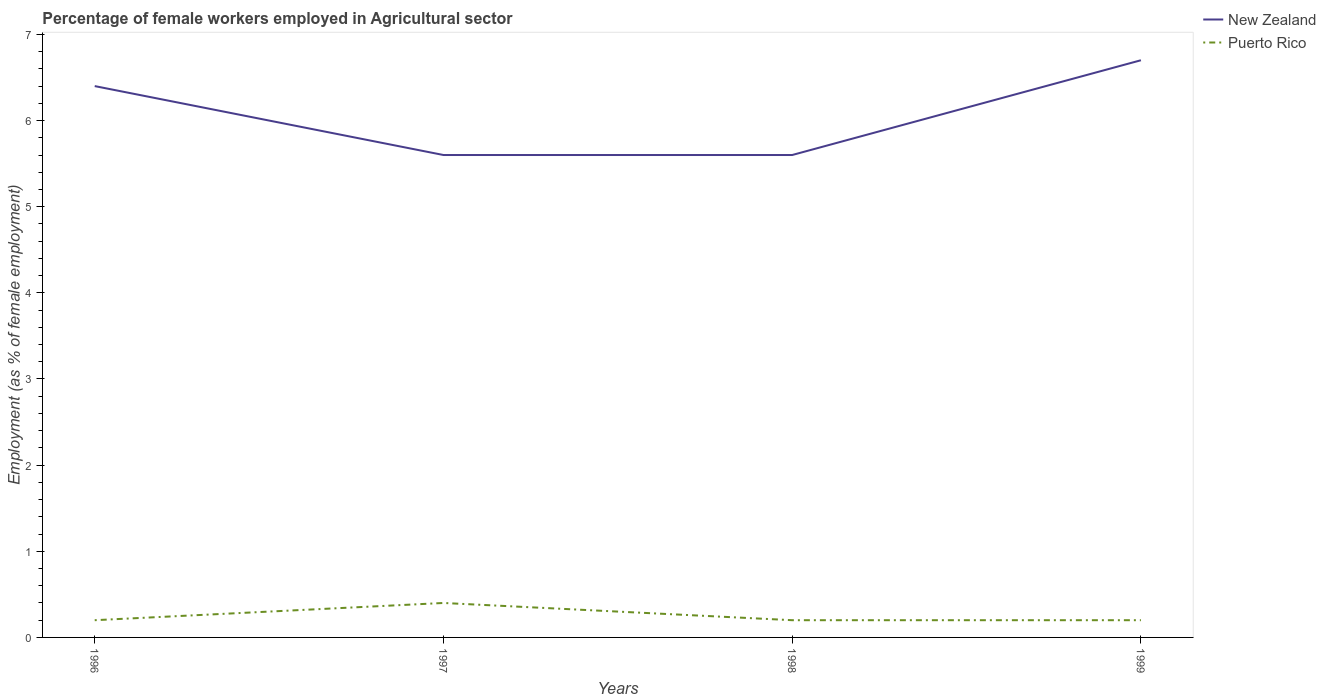
| Years | New Zealand | Puerto Rico |
 | --- | --- | --- |
 | 1996 | 6.4 | 0.2 |
 | 1997 | 5.6 | 0.4 |
 | 1998 | 5.6 | 0.2 |
 | 1999 | 6.7 | 0.2 |